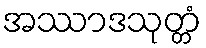
အဿာဒသုတ္တံ